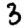
Digit: 3